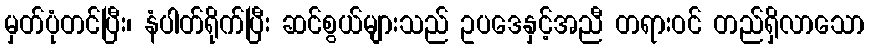
မှတ်ပုံတင်ပြီး၊ နံပါတ်ရိုက်ပြီး ဆင်စွယ်များသည် ဥပဒေနှင့်အညီ တရားဝင် တည်ရှိလာသော